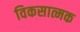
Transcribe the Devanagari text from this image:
विकसात्मक